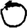
Digit: 0